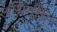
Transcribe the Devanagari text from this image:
अथितींचे